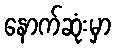
နောက်ဆုံးမှာ